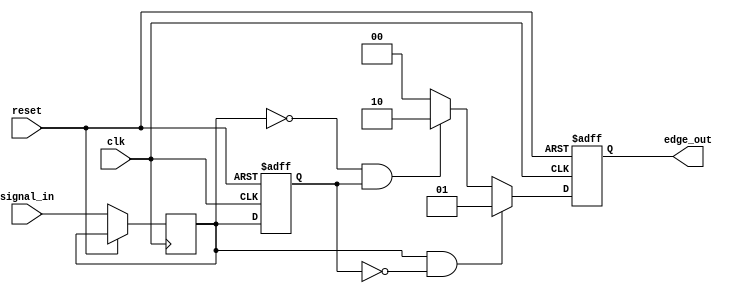
module DifferentialEdgeDetector (
    input wire clk,               // Clock input
    input wire reset,             // Asynchronous reset input
    input wire signal_in,         // Input signal
    output reg signed [1:0] edge_out  // Output for edge detection (-1, 0, 1)
);

// State registers
reg signal_prev;                // Previous state of the input signal
reg signal_curr;                // Current state of the input signal

// Edge detection logic
always @(posedge clk or posedge reset) begin
    if (reset) begin
        // Reset the state memory and output
        signal_prev <= 1'b0;      // Initialize previous state to 0
        edge_out <= 2'b00;         // Initialize output to 0
    end else begin
        // Sampling the input signal
        signal_curr <= signal_in; 
        
        // Edge detection logic
        if (signal_curr && !signal_prev) begin
            // Rising edge detected
            edge_out <= 2'b01;      // Set output to 1
        end else if (!signal_curr && signal_prev) begin
            // Falling edge detected
            edge_out <= 2'b10;      // Set output to -1 (2'b10 in signed)
        end else begin
            // No edge detected
            edge_out <= 2'b00;      // Set output to 0
        end
        
        // Update the previous state for the next clock cycle
        signal_prev <= signal_curr; 
    end
end

endmodule